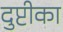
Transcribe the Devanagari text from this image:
दुप्टीका